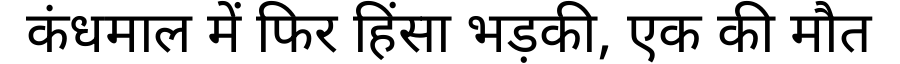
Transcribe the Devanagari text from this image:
कंधमाल में फिर हिंसा भड़की, एक की मौत